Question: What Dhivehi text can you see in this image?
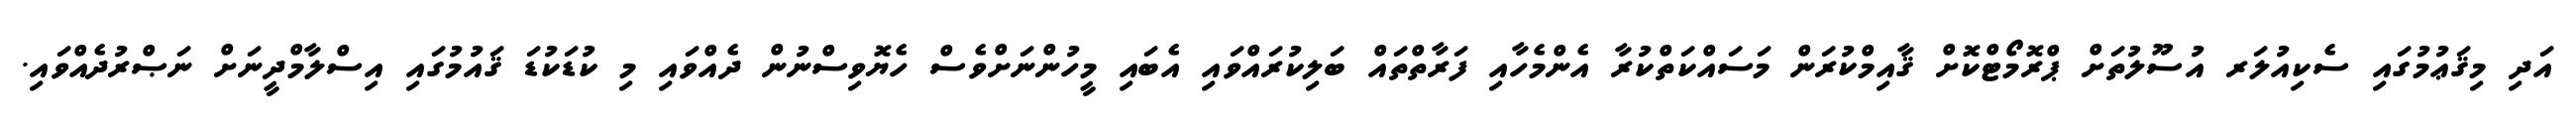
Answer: އަދި މިޤަޢުމުގައި ސެކިއުލަރ އުސޫލުތަށް ޕްރޮމޯޓްކޮށް ޤާއިމްކުރަން މަސައްކަތްކުރާ އެންމެހާއި ފަރާތްތައް ބަލިކުރައްވައި އެބައި މީހުންނަށްވެސް ހެޔޮވިސްނުން ދެއްވައި މި ކުޑަކުޑަ ޤައުމުގައި އިސްލާމްދީނަށް ނަޞްރުދެއްވައި.